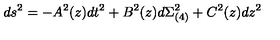
d s ^ { 2 } = - A ^ { 2 } ( z ) d t ^ { 2 } + B ^ { 2 } ( z ) d \Sigma _ { ( 4 ) } ^ { 2 } + C ^ { 2 } ( z ) d z ^ { 2 }